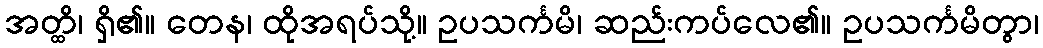
အတ္ထိ၊ ရှိ၏။ တေန၊ ထိုအရပ်သို့။ ဥပသင်္ကမိ၊ ဆည်းကပ်လေ၏။ ဥပသင်္ကမိတွာ၊